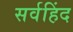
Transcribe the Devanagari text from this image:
सर्वहिंद